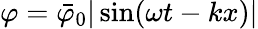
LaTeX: \varphi=\bar{\varphi}_{0}|\sin(\omega t-kx)|